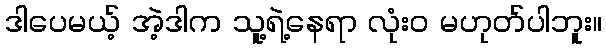
ဒါပေမယ့် အဲ့ဒါက သူ့ရဲ့နေရာ လုံးဝ မဟုတ်ပါဘူး။